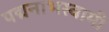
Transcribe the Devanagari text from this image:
पद्मनाभस्‍वामी